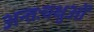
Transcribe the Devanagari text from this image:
अन्तःचक्षुओं